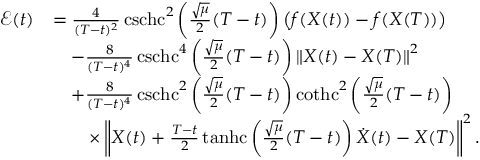
\begin{array} { r l } { \mathcal { E } ( t ) } & { = \frac { 4 } { ( T - t ) ^ { 2 } } \operatorname { c s c h c } ^ { 2 } \left( \frac { \sqrt { \mu } } { 2 } ( T - t ) \right) \left( f ( X ( t ) ) - f ( X ( T ) ) \right) } \\ & { \quad - \frac { 8 } { ( T - t ) ^ { 4 } } \operatorname { c s c h c } ^ { 4 } \left( \frac { \sqrt { \mu } } { 2 } ( T - t ) \right) \left\Vert X ( t ) - X ( T ) \right\Vert ^ { 2 } } \\ & { \quad + \frac { 8 } { ( T - t ) ^ { 4 } } \operatorname { c s c h c } ^ { 2 } \left( \frac { \sqrt { \mu } } { 2 } ( T - t ) \right) \operatorname { c o t h c } ^ { 2 } \left( \frac { \sqrt { \mu } } { 2 } ( T - t ) \right) } \\ & { \qquad \times \left\Vert X ( t ) + \frac { T - t } { 2 } \operatorname { t a n h c } \left( \frac { \sqrt { \mu } } { 2 } ( T - t ) \right) \dot { X } ( t ) - X ( T ) \right\Vert ^ { 2 } . } \end{array}